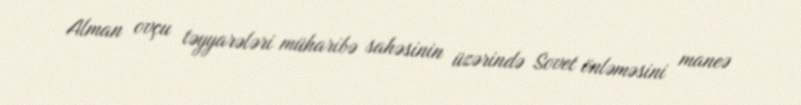
Alman ovçu təyyarələri müharibə sahəsinin üzərində Sovet önləməsini maneə